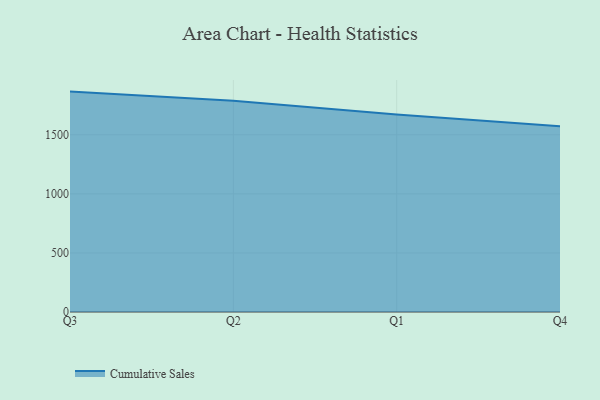
{"axis": {"x": "Quarter", "y": "Customer Acquisition Cost (USD)"}, "legend": ["Cumulative Sales"], "data": [{"x": "Q3", "y": 1865.8, "type": "Cumulative Sales"}, {"x": "Q2", "y": 1787.7, "type": "Cumulative Sales"}, {"x": "Q1", "y": 1672.1, "type": "Cumulative Sales"}, {"x": "Q4", "y": 1572.1, "type": "Cumulative Sales"}]}